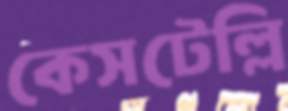
কেসটেল্লি